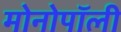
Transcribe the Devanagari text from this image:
मोनोपॉली